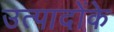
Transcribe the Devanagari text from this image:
उत्पादोंके